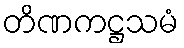
တိဏကဋ္ဌသမံ